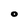
Character: O